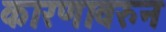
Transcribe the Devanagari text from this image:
कारणावरुन